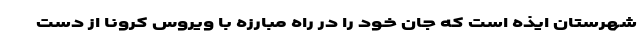
شهرستان ایذه است که جان خود را در راه مبارزه با ویروس کرونا از دست